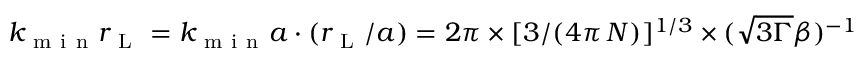
k _ { \mathrm { ~ m ~ i ~ n ~ } } r _ { \mathrm { ~ L ~ } } = k _ { \mathrm { ~ m ~ i ~ n ~ } } a \cdot ( r _ { \mathrm { ~ L ~ } } / a ) = 2 \pi \times [ 3 / ( 4 \pi \, N ) ] ^ { 1 / 3 } \times ( \sqrt { 3 \Gamma } \beta ) ^ { - 1 }